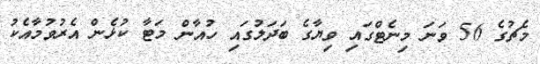
މެޗުގެ 56 ވަނަ މިނެޓްގައި ވިޔާގެ ބަދަލުގައި ހުއާން މަޓާ ކުޅެން އެރުވުމާއެކު